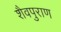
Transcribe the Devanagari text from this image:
शैवपुराण